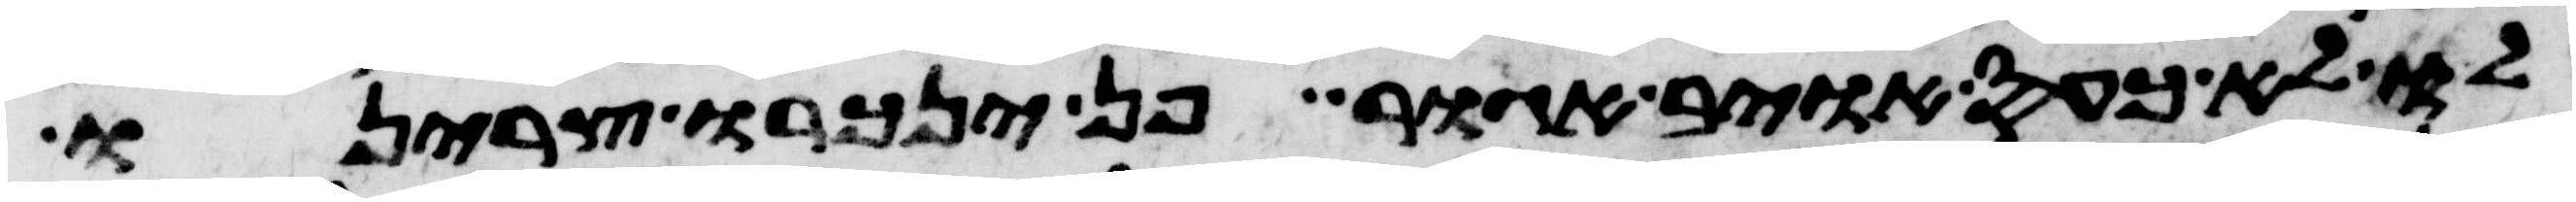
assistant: לו לא כעס איבי אגור פן ינכרו צרינו